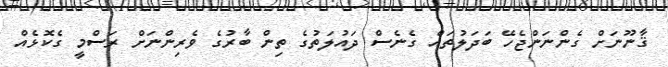
ޤާނޫނަށް ގެންނަންޖެހޭ ބަދަލުތައް ގެނެސް ދައުލަތުގެ ތިން ބާރުގެ ވެރިންނަށް ރަސްމީ ގެކޮޅެއް